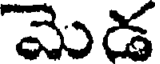
మెడ